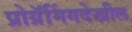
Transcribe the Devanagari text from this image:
प्रोग्रॅमिंगदेखील